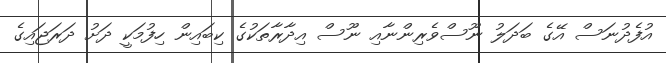
އުފެދުނަސް އޭގެ ބަދަލު ނޫސްވެރިންނާއި ނޫސް އިދާރާތަކުގެ ކިބައިން ހިފުމަކީ ދަށު ދަރަޖައިގެ